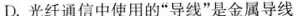
D.光纤通信中使用的”导线”是金属导线